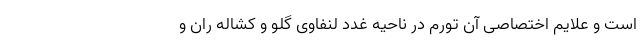
است و علایم اختصاصی آن تورم در ناحیه غدد لنفاوی گلو و کشاله ران و